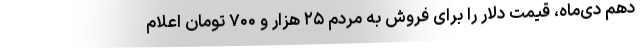
دهم دی‌ماه، قیمت دلار را برای فروش به مردم ۲۵ هزار و ۷۰۰ تومان اعلام